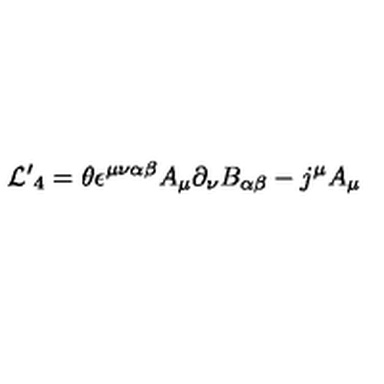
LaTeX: { \cal L ^ { \prime } } _ { 4 } = \theta \epsilon ^ { \mu \nu \alpha \beta } A _ { \mu } \partial _ { \nu } B _ { \alpha \beta } - j ^ { \mu } A _ { \mu }